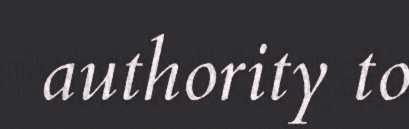
authority to